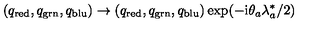
\left( q _ { \mathrm { r e d } } , q _ { \mathrm { g r n } } , q _ { \mathrm { b l u } } \right) \rightarrow \left( q _ { \mathrm { r e d } } , q _ { \mathrm { g r n } } , q _ { \mathrm { b l u } } \right) \exp ( - \mathrm { i } \theta _ { a } \lambda _ { a } ^ { \ast } / 2 )